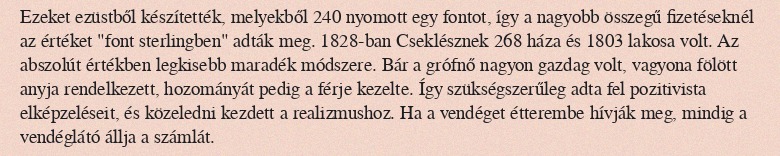
Ezeket ezüstből készítették, melyekből 240 nyomott egy fontot, így a nagyobb összegű fizetéseknél az értéket "font sterlingben" adták meg. 1828-ban Cseklésznek 268 háza és 1803 lakosa volt. Az abszolút értékben legkisebb maradék módszere. Bár a grófnő nagyon gazdag volt, vagyona fölött anyja rendelkezett, hozományát pedig a férje kezelte. Így szükségszerűleg adta fel pozitivista elképzeléseit, és közeledni kezdett a realizmushoz. Ha a vendéget étterembe hívják meg, mindig a vendéglátó állja a számlát.